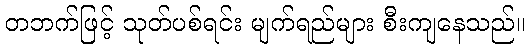
တဘက်ဖြင့် သုတ်ပစ်ရင်း မျက်ရည်များ စီးကျနေသည်။